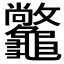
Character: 𪛆